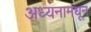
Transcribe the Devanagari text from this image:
अध्यनामधून